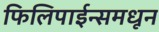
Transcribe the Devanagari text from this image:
फिलिपाईन्समधून